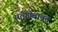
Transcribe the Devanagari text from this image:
सत्यतेबाबत